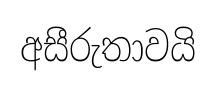
අසීරුතාවයි